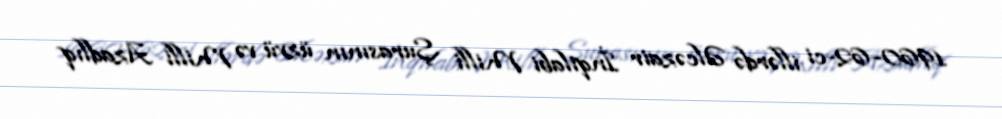
1960–62-ci illərdə Əlcəzair İnqilabi Milli Şurasının üzvü və Milli Azadlıq